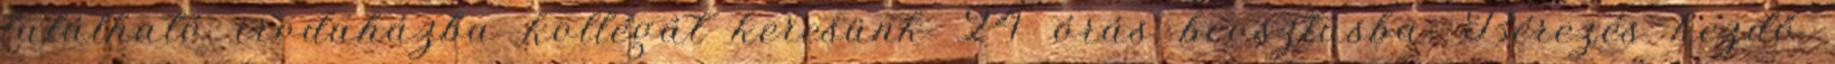
található irodaházba kollégát keresünk 24 órás beosztásba. Bérezés kezdő